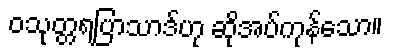
ဝသုတ္တရပြာသာဒ်ဟု ဆိုအပ်ကုန်သော။